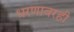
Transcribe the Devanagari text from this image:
धरणावरही